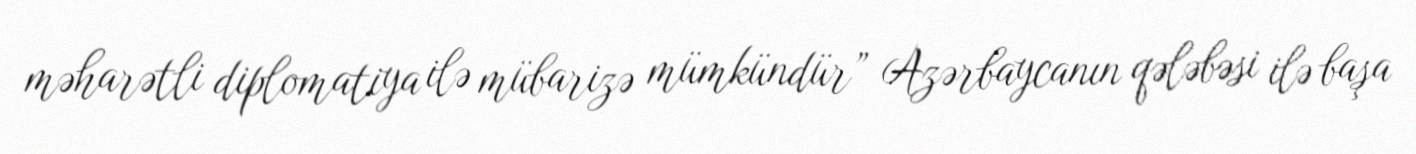
məharətli diplomatiya ilə mübarizə mümkündür” Azərbaycanın qələbəsi ilə başa